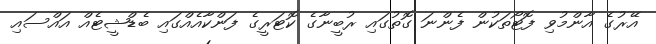
އޭރުގެ އާންމުވި ފޮޓޯތަކުން ފެންނަ ގޮތުގައި ރުބީނާގެ ކޮޓަރީގެ ފަންކާއެއްގައި ބެޑްޝީޓެއް އައްސައި